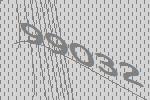
99032